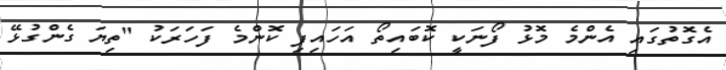
އެގޮތުގައި އެންމެ މޮޅު ފޯނަކީ ކޮބައިތޯ އަހައިފި ކޮންމެ ފަހަރަކު "ތިޔަ ގެންގުޅޭ